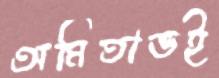
অমিতাভই